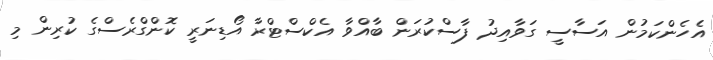
އެހެންކަމުން އަސާސީ ގަވާއިދު ފާސްކުރަން ބާއްވާ އެކްސްޓްރާ އޯޑިނަރީ ކޮންގްރެސްގެ ކުރިން މި